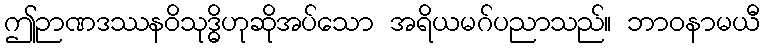
ဤဉာဏဒဿနဝိသုဒ္ဓိဟုဆိုအပ်သော အရိယမဂ်ပညာသည်။ ဘာဝနာမယီ